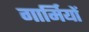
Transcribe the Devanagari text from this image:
गार्मियों